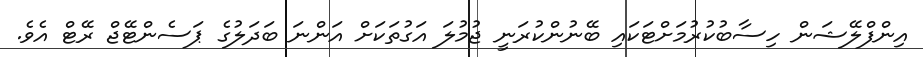
އިންފްލޭޝަން ހިސާބުކުރުމަށްޓަކައި ބޭނުންކުރަނީ ޖުމުލަ އަގުތަކަށް އަންނަ ބަދަލުގެ ޕަސެންޓޭޖް ރޭޓް އެވެ.